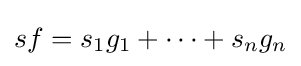
sf=s_{1}g_{1}+\cdots +s_{n}g_{n}